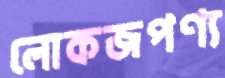
লোকজপণ্য